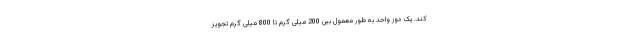
کند. یک دوز واحد به طور معمول بین 200 میلی گرم تا 800 میلی گرم تجویز